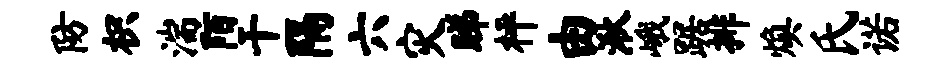
防枳湍陌干隔六灾睇枰由湫峨踞排焕氏诺